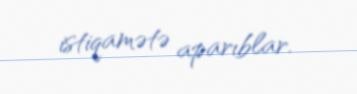
istiqamətə aparıblar.